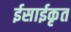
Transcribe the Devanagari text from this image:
ईसाईकृत